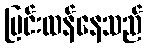
ပြင်းထန်နေသည်